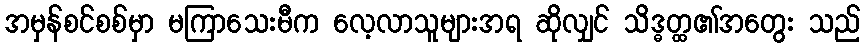
အမှန်စင်စစ်မှာ မကြာသေးမီက လေ့လာသူများအရ ဆိုလျှင် သိဒ္ဓတ္ထ၏အတွေး သည်